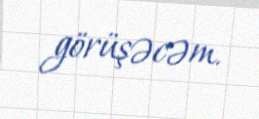
görüşəcəm.